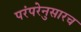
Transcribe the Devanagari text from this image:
परंपरेनुसारच